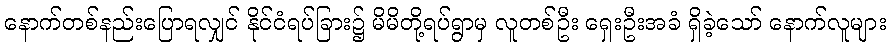
နောက်တစ်နည်းပြောရလျှင် နိုင်ငံရပ်ခြား၌ မိမိတို့ရပ်ရွာမှ လူတစ်ဦး ရှေးဦးအခံ ရှိခဲ့သော် နောက်လူများ